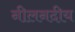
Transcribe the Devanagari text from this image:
नीलनदीय